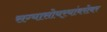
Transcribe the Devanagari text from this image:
सग्यासोयर्‍यांबरोबर